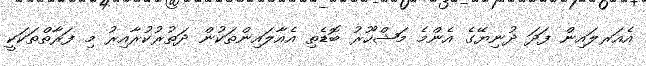
އެއަރލައިން ފަދަ ދުނިޔޭގެ އެންމެ މަޝްހޫރު ބޮޑެތި އެއާލައިންތަކުން ދަތުރުކުރާއިރު މި ފަރާތްތަކަކީ